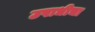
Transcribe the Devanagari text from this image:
उपाधीचा